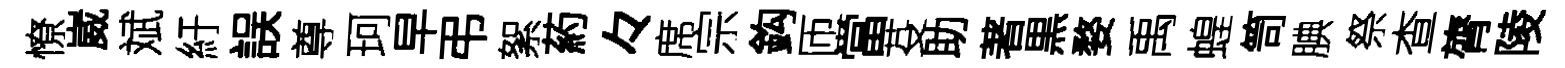
憭崴斌紆誤尊珂早弔絮葯々席宗鈎匝當芟助著黒婺禹蝗笥腆祭查膂陵